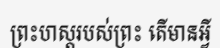
ព្រះហស្តរបស់ព្រះ តើមានអ្វី